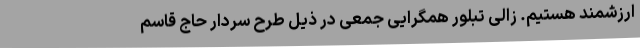
ارزشمند هستیم. زالی تبلور همگرایی جمعی در ذیل طرح سردار حاج قاسم